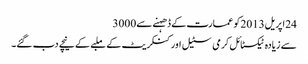
24اپریل2013کو عمارت کے ڈھہنے سے3000
سے زیادہ ٹیکسٹائل کرمی سٹیل اور کنکریٹ کے ملبے کے نیچے دب گئے۔